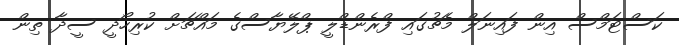
ކަސްޓަމްސް އިން ފައިނަލް މެޗުގައި ފްރެންޑްލީ ޕްލޭޔާސްގެ މައްޗަށް ކުރިހޯދީ ސީދާ ތިން